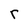
Character: r